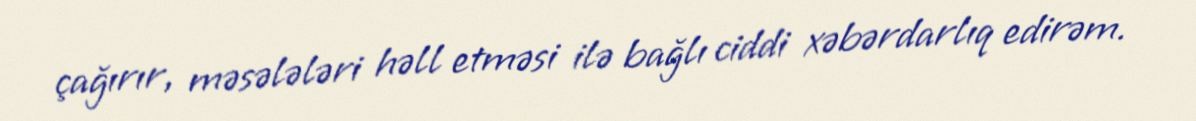
çağırır, məsələləri həll etməsi ilə bağlı ciddi xəbərdarlıq edirəm.